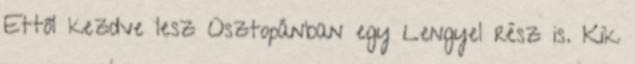
Ettől kezdve lesz Osztopánban egy Lengyel rész is. Kik